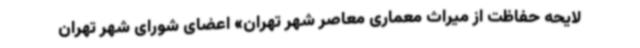
لایحه حفاظت از میراث معماری معاصر شهر تهران» اعضای شورای شهر تهران